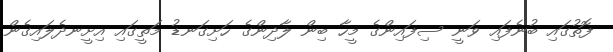
ފޮތުގައި ބުނެފައި ވަނީ ސިފައިންގެ މީހާ ބިން ލާދިންގެ ހަށިގަނޑު މަތީގައި އިށީނދެލައިގެން